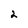
Character: 2